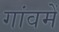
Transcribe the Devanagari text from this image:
गांवमें